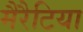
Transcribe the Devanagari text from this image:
मैरैटिया